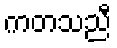
ကတသညီ